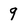
Character: 9